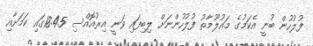
ފުލުހުން ބުނީ އެކަމުގެ މައުލޫމާތު ފުލުހުންނަށް ލިބިފައި ވަނީ އިރުއޮއްސި 18:45ގައި ކަމަށާއި